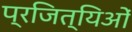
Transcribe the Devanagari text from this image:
प्रजित्यिओं